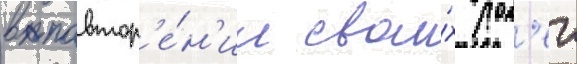
в повтор'е́н'ии свои́х рол'еи